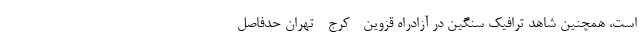
است، همچنین شاهد ترافیک سنگین در آزادراه قزوین - کرج - تهران حدفاصل